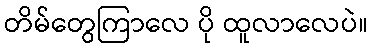
တိမ်တွေကြာလေ ပို ထူလာလေပဲ။